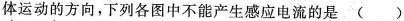
体运动的方向，下列各图中不能产生感应电流的是()